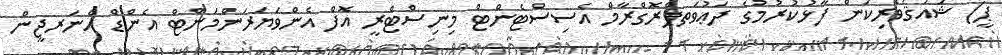
ޕީ) ޝައުޤުވެރިކަން ފާޅުކުރުމުގެ ދަޢުވަތޕްރޮގްރާމް އެސިސްޓެންޓް މިނިސްޓްރީ އޮފް އެންވަޔަރަންމަންޓް އެންޑް އެނަރޖީން